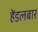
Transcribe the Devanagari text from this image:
हेंडलबार